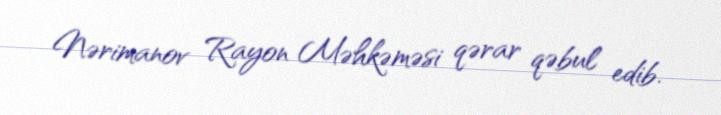
Nərimanov Rayon Məhkəməsi qərar qəbul edib.